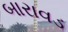
બારાવડ